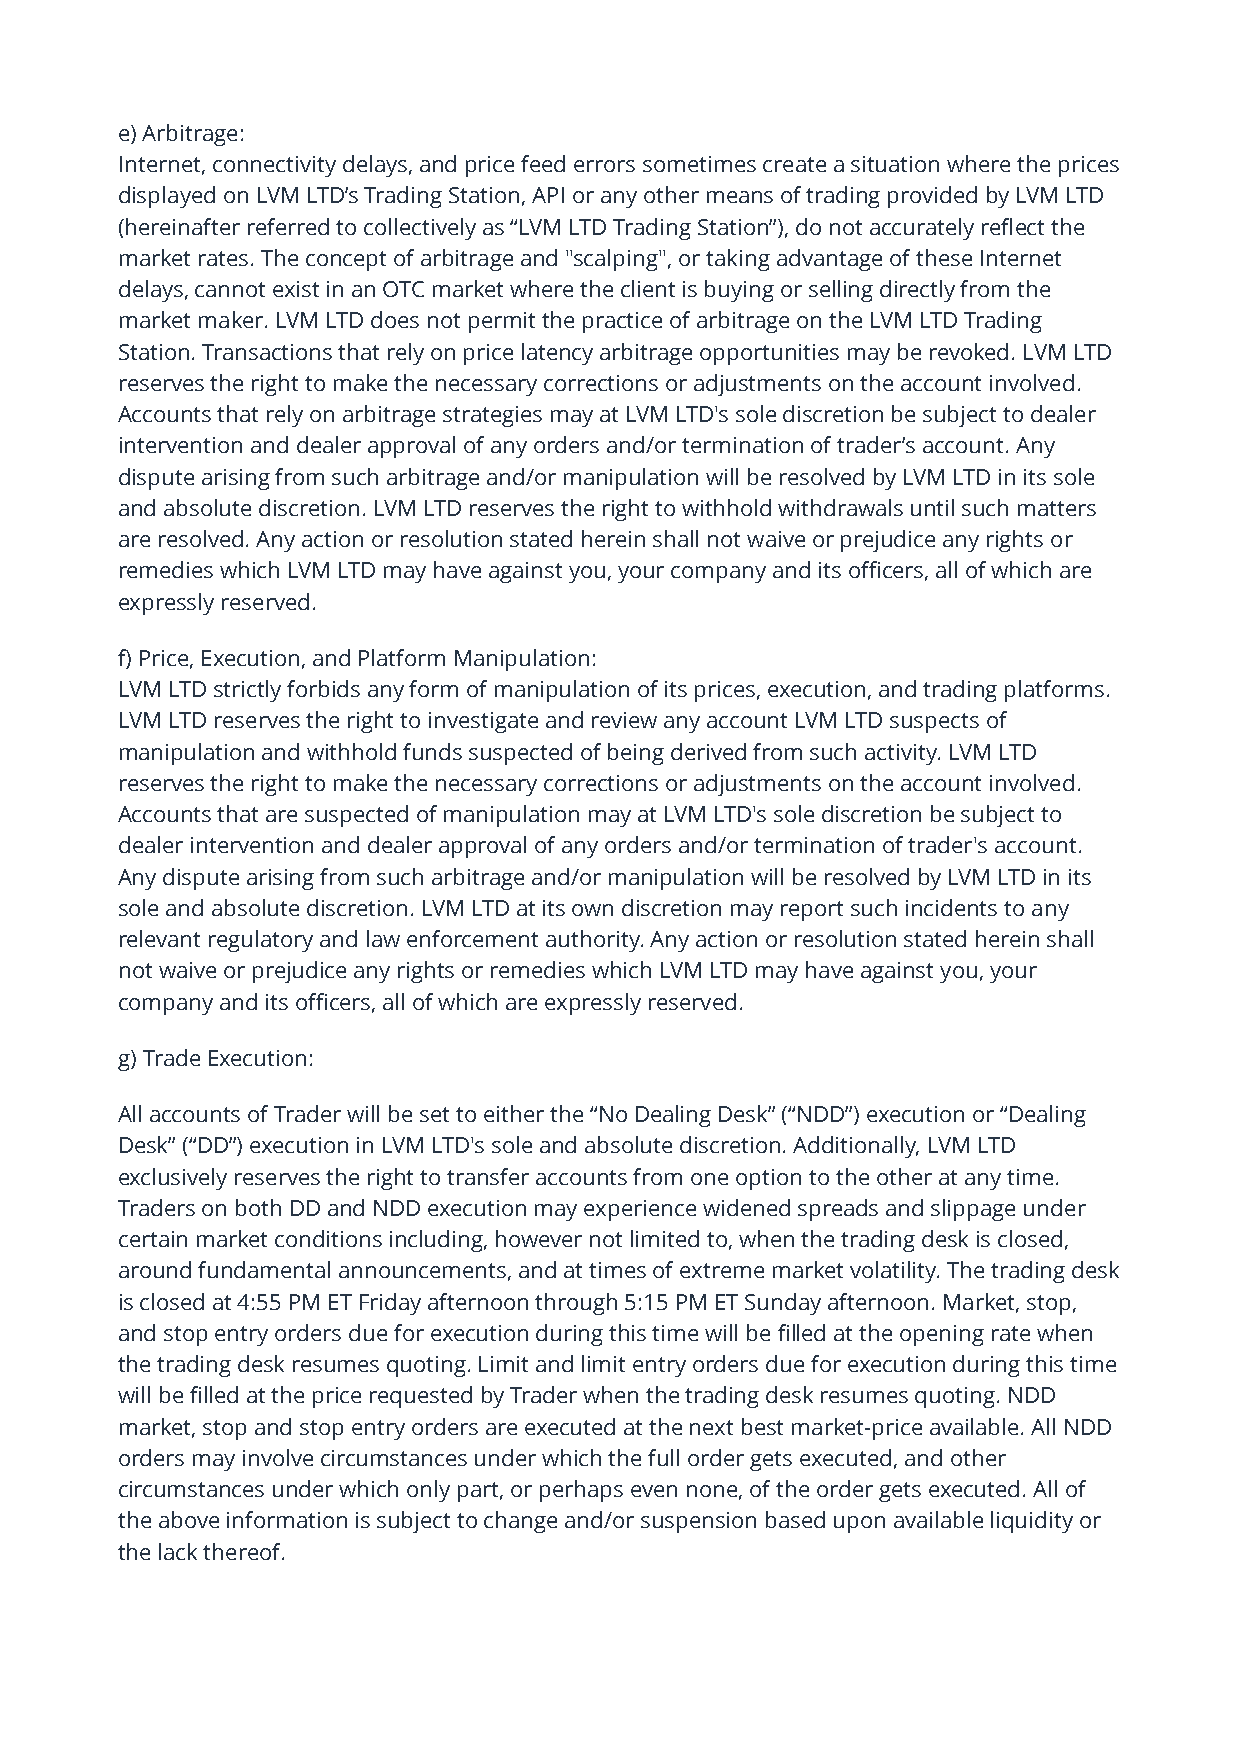
e) Arbitrage:
 Internet, connectivity delays, and price feed errors sometimes create a situation where the prices
 displayed on LVM LTD’s Trading Station, API or any other means of trading provided by LVM LTD
 (hereinafter referred to collectively as “LVM LTD Trading Station”), do not accurately reflect the
 market rates. The concept of arbitrage and "scalping", or taking advantage of these Internet
 delays, cannot exist in an OTC market where the client is buying or selling directly from the
 market maker. LVM LTD does not permit the practice of arbitrage on the LVM LTD Trading
 Station. Transactions that rely on price latency arbitrage opportunities may be revoked. LVM LTD
 reserves the right to make the necessary corrections or adjustments on the account involved.
 Accounts that rely on arbitrage strategies may at LVM LTD's sole discretion be subject to dealer
 intervention and dealer approval of any orders and/or termination of trader’s account. Any
 dispute arising from such arbitrage and/or manipulation will be resolved by LVM LTD in its sole
 and absolute discretion. LVM LTD reserves the right to withhold withdrawals until such matters
 are resolved. Any action or resolution stated herein shall not waive or prejudice any rights or
 remedies which LVM LTD may have against you, your company and its officers, all of which are
 expressly reserved.
 f) Price, Execution, and Platform Manipulation:
 LVM LTD strictly forbids any form of manipulation of its prices, execution, and trading platforms.
 LVM LTD reserves the right to investigate and review any account LVM LTD suspects of
 manipulation and withhold funds suspected of being derived from such activity. LVM LTD
 reserves the right to make the necessary corrections or adjustments on the account involved.
 Accounts that are suspected of manipulation may at LVM LTD's sole discretion be subject to
 dealer intervention and dealer approval of any orders and/or termination of trader's account.
 Any dispute arising from such arbitrage and/or manipulation will be resolved by LVM LTD in its
 sole and absolute discretion. LVM LTD at its own discretion may report such incidents to any
 relevant regulatory and law enforcement authority. Any action or resolution stated herein shall
 not waive or prejudice any rights or remedies which LVM LTD may have against you, your
 company and its officers, all of which are expressly reserved.
 g) Trade Execution:
 All accounts of Trader will be set to either the “No Dealing Desk” (“NDD”) execution or “Dealing
 Desk” (“DD”) execution in LVM LTD's sole and absolute discretion. Additionally, LVM LTD
 exclusively reserves the right to transfer accounts from one option to the other at any time.
 Traders on both DD and NDD execution may experience widened spreads and slippage under
 certain market conditions including, however not limited to, when the trading desk is closed,
 around fundamental announcements, and at times of extreme market volatility. The trading desk
 is closed at 4:55 PM ET Friday afternoon through 5:15 PM ET Sunday afternoon. Market, stop,
 and stop entry orders due for execution during this time will be filled at the opening rate when
 the trading desk resumes quoting. Limit and limit entry orders due for execution during this time
 will be filled at the price requested by Trader when the trading desk resumes quoting. NDD
 market, stop and stop entry orders are executed at the next best market-price available. All NDD
 orders may involve circumstances under which the full order gets executed, and other
 circumstances under which only part, or perhaps even none, of the order gets executed. All of
 the above information is subject to change and/or suspension based upon available liquidity or
 the lack thereof.